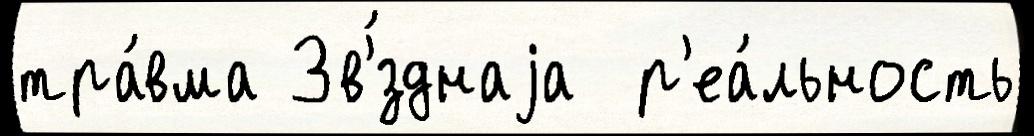
тра́вма Зв'́зднаjа  р'еа́льность